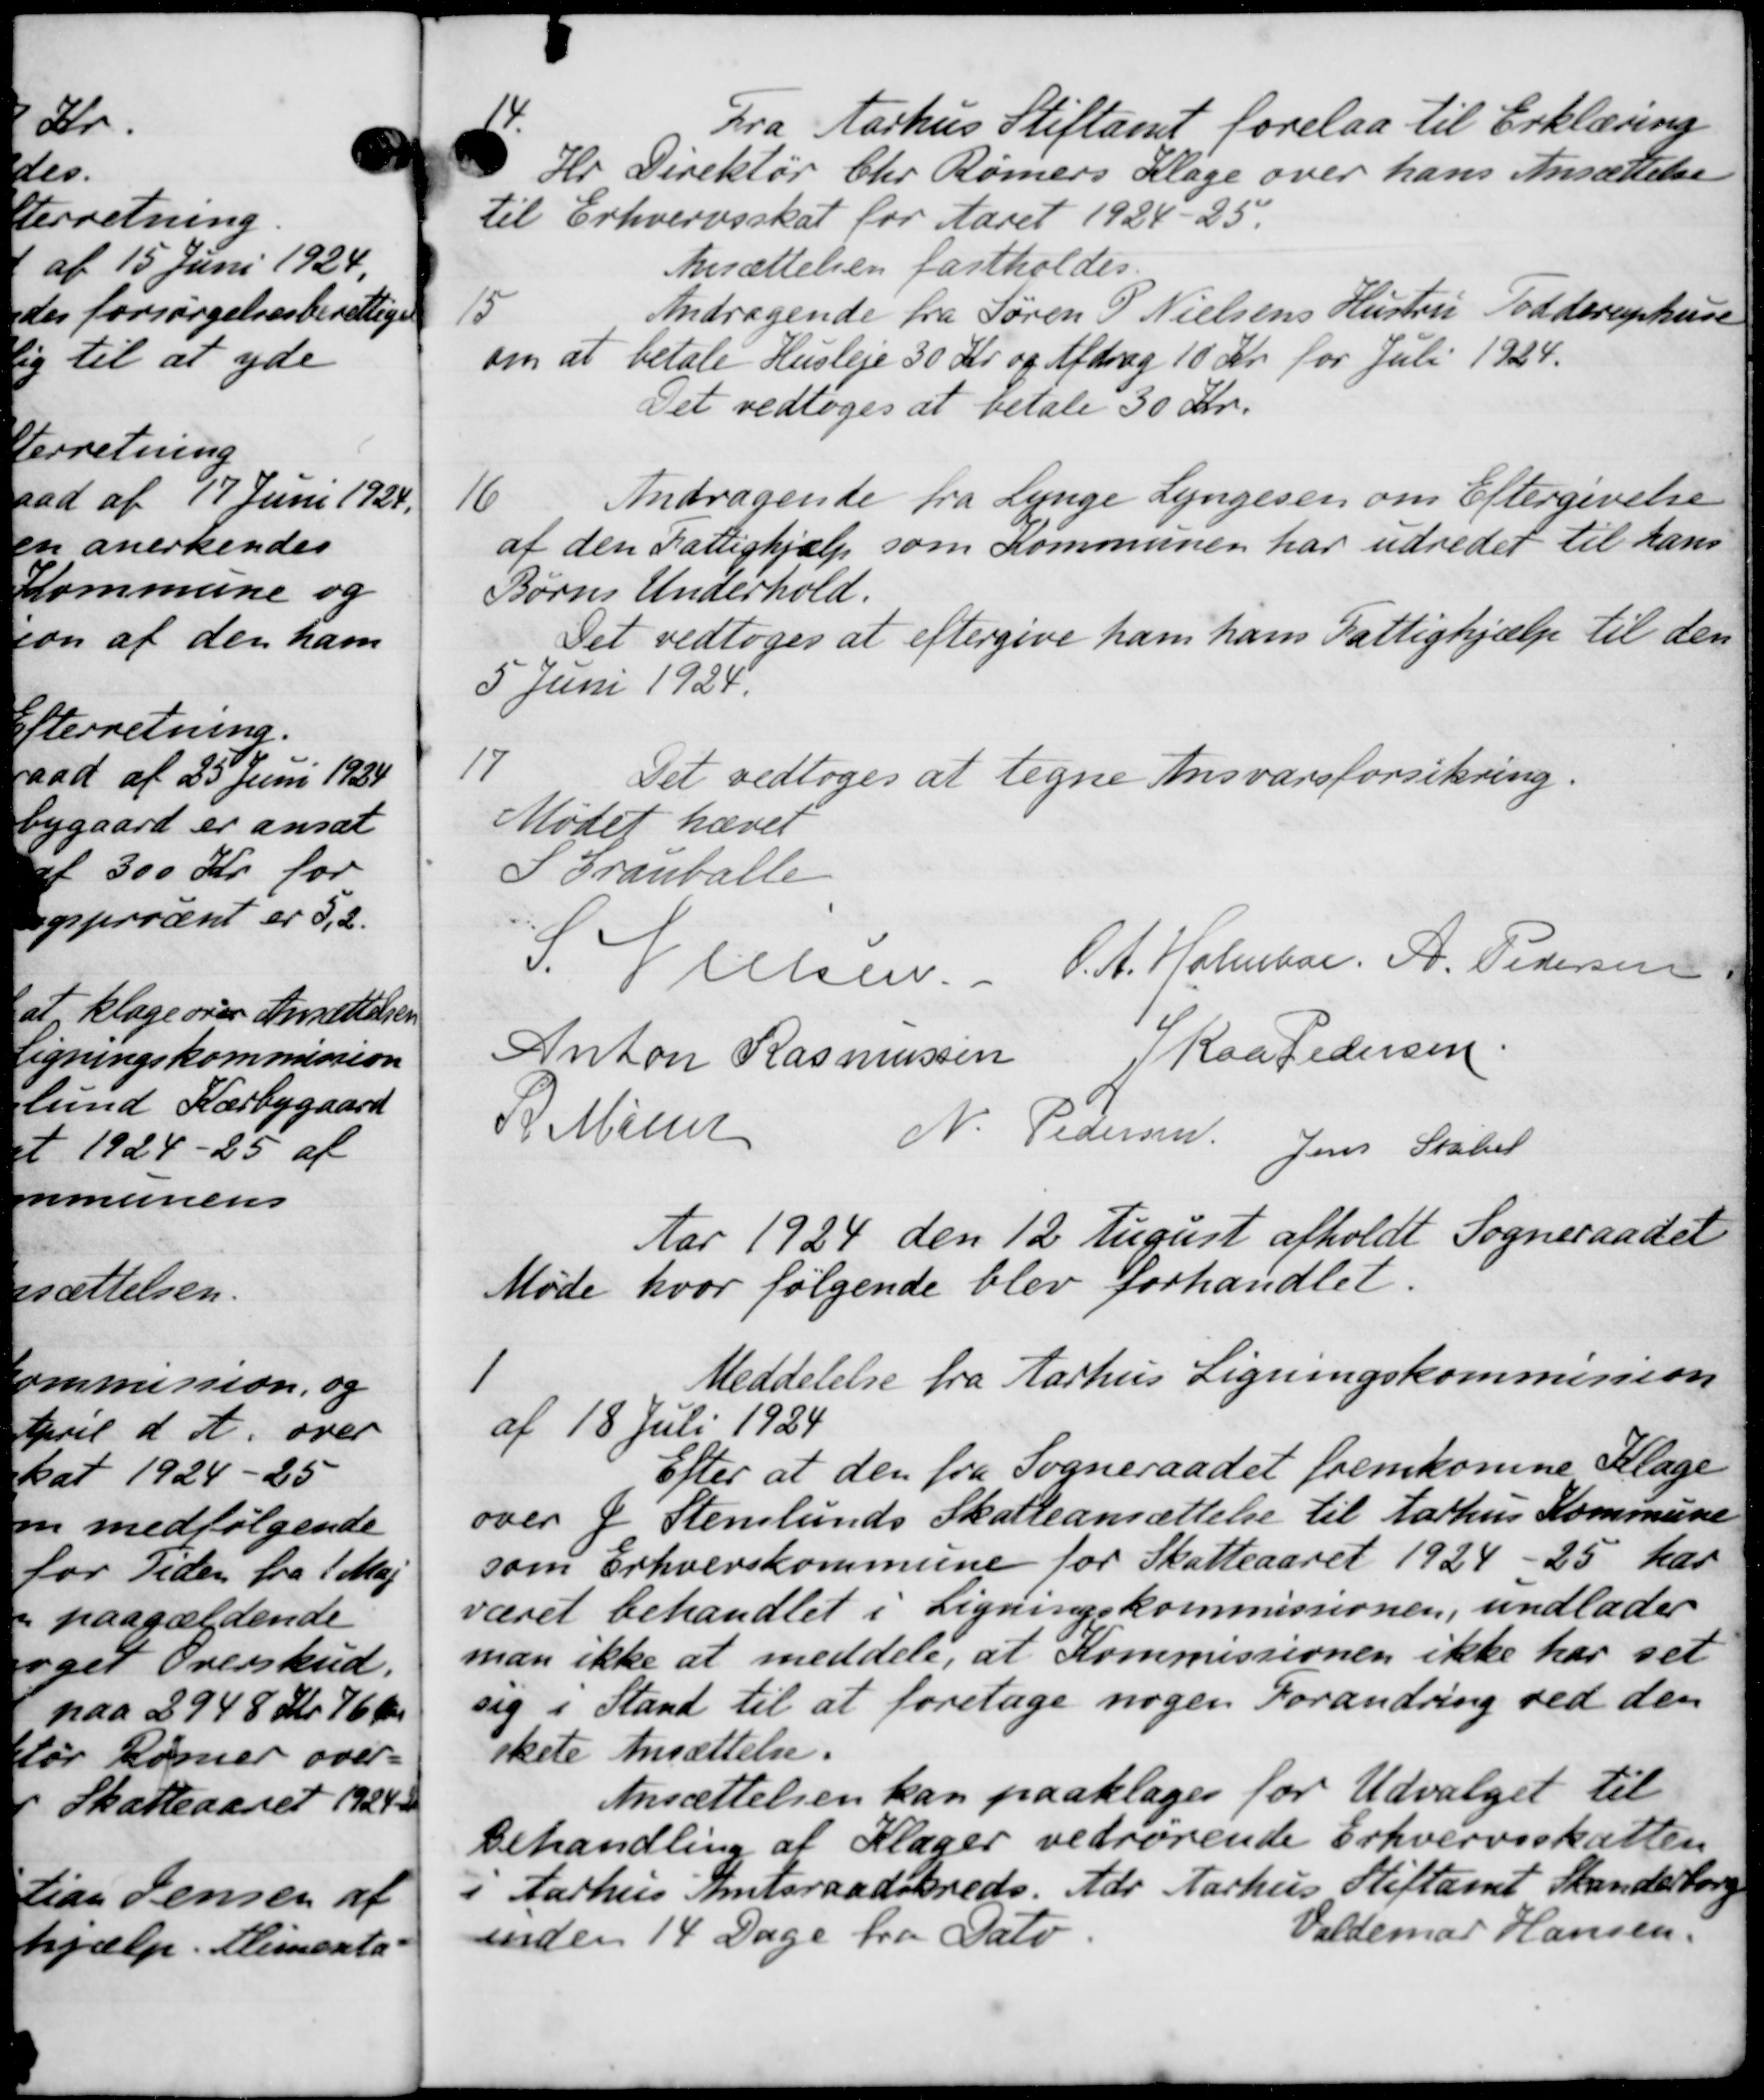
Transskription:
14
Fra Aarhus Stiftamt forelaa til Erklæring
Hr. Direktør Chr. Rømers Klage over hans Ansættelse
til Erhvervsskat for Aaret 1924-25
Ansættelsen fastholdes.
15
Andragende fra Søren P. Nielsens Hustru Todderuphuse
om at betale Husleje 30 Kr. og Afdrag 10 Kr. for Juli 1924.
Det vedtoges at betale 30 Kr.
16
Andragende fra Lynge Lyngesen om Eftergivelse
af den Fattighjælp som Kommunen har udredet til hans
Børns Underhold.
Det vedtoges at eftergive ham hans Fattighjælp til den
5 Juni 1924.
17
Det vedtoges at tegne Ansvarsforsikring.
Mødet hævet
S Granballe
S. Nielsen. P. A. Holmber. A. Pedersen
Anton Rasmussen Raa Pedersen.
P. Møder
N. Pedersen.
Jens Statet
Aar 1924 den 12 August afholdt Sogneraadet
Møde hvor følgende blev forhandlet.

Meddelelse fra Aarhus Ligningskommission
af 18 Juli 1924
Efter at den fra Sogneraadet fremkomne Klage
over P Stenlunds Skatteansættelse til Aarhus Kommune
som Erhvervskommune for Skatteaaret 1924-25 har
været behandlet i Ligningskommissionen, undlader
man ikke at meddele, at Kommissionen ikke har set
sig i Stand til at foretage nogen Forandring ved den
skete Ansættelse.
Ansættelsen kan paaklages for Udvalget til
Behandling af Klager vedrørende Erhvervsskatten
i Aarhus Amtsraadskreds. Adr Aarhus Stiftamt Skanderborg
inden 14 Dage fra Fato
Valdemar Hansen.